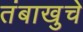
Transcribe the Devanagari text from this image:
तंबाखुचे